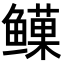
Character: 𬶯